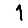
Digit: 1